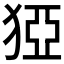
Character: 𰡓